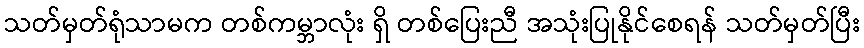
သတ်မှတ်ရုံသာမက တစ်ကမ္ဘာလုံး ရှိ တစ်ပြေးညီ အသုံးပြုနိုင်စေရန် သတ်မှတ်ပြီး